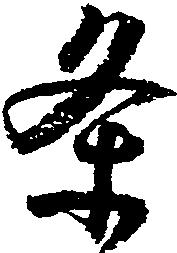
条